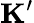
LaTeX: \mathbf{K}^{\prime}